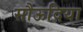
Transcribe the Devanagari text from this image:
सौऊदिया